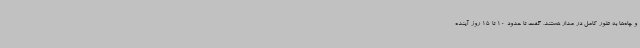
و چاه‌ها به طور کامل در مدار هستند، گفت تا حدود 10 تا 15 روز آینده